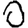
Digit: 0